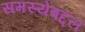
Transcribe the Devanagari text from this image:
समस्येबद्दल